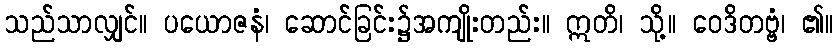
သည်သာလျှင်။ ပယောဇနံ၊ ဆောင်ခြင်း၌အကျိုးတည်း။ ဣတိ၊ သို့။ ဝေဒိတဗ္ဗံ၊ ၏။